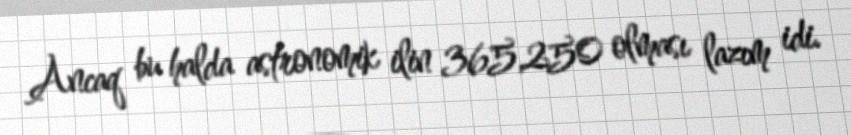
Ancaq bu halda astronomik ilin 365,250 olması lazım idi.